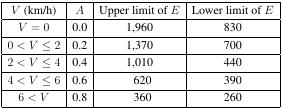
| V (km/h) | A | Upper limit of E | Lower limit of E |
 | --- | --- | --- | --- |
 | V = 0 | 0.0 | 1,960 | 830 |
 | 0 < V ≤ 2 | 0.2 | 1,370 | 700 |
 | 2 < V ≤ 4 | 0.4 | 1,010 | 440 |
 | 4 < V ≤ 6 | 0.6 | 620 | 390 |
 | 6 < V | 0.8 | 360 | 260 |